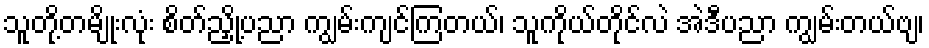
သူတို့တမျိုးလုံး စိတ်ညှို့ပညာ ကျွမ်းကျင်ကြတယ်၊ သူကိုယ်တိုင်လဲ အဲဒီပညာ ကျွမ်းတယ်ဗျ၊